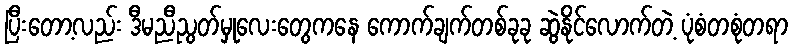
ပြီးတော့လည်း ဒီမညီညွတ်မှုလေးတွေကနေ ကောက်ချက်တစ်ခုခု ဆွဲနိုင်လောက်တဲ့ ပုံစံတစုံတရာ